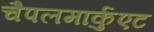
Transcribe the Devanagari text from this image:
चैपलमार्कुएट